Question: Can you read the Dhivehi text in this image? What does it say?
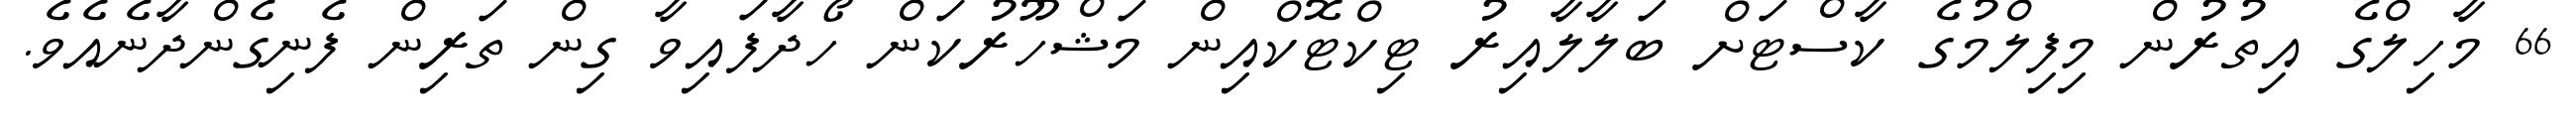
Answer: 66 މާހިލްގެ އިތުރުން މިފިލްމުގެ ކާސްޓަށް ބަލާލާއިރު ޓިކްޓޮކްއިން މަޝްހޫރުކަން ހޯދާފައިވާ ގިން ތަރިން ފެނިގެންދާނެއެވެ.